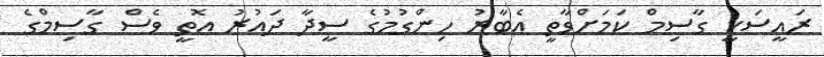
ރައީސަކީ ގާސިމް ކަމަށްވާތީ އެބާރު ހިންގުމުގެ ސީދާ ދައުރު އޮތީ ވެސް ގާސިމްގެ